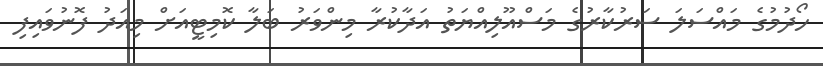
ހޯދުމުގެ މައްސަލަ ސަރުކާރުގެ މަސްއޫލިއްޔަތު އަދާކުރާ މިންވަރު ބަލާ ކޮމިޓީއަށް މިއަދު ފޮނުވައިފި